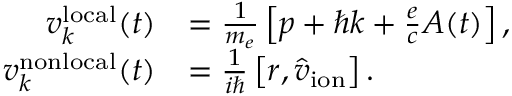
\begin{array} { r l } { \boldsymbol v _ { \boldsymbol k } ^ { \mathrm { l o c a l } } ( t ) } & { = \frac { 1 } { m _ { e } } \left[ \boldsymbol p + \hbar \boldsymbol k + \frac { e } { c } \boldsymbol A ( t ) \right] , } \\ { \boldsymbol v _ { \boldsymbol k } ^ { \mathrm { n o n l o c a l } } ( t ) } & { = \frac { 1 } { i \hbar } \left[ \boldsymbol r , \hat { v } _ { \mathrm { i o n } } \right] . } \end{array}